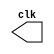
/**
 * AC I - Ciencia da Computacao - PUC MINAS
 * Rayan Darwin - 412770
 * 04/2012
 */

//clock generator
module clock ( clk );
 output clk;
 reg      clk; 
 
 initial 
  begin
   clk = 1'b0; 
  end 
 
 always 
  begin 
   #12 clk = ~clk;
  end 
 
endmodule // clock ( )

module Exemplo0041; 
 
 wire  clk; 
 clock CLK1 ( clk ); 
 
 initial begin 
  $dumpfile ( "clock.vcd" );
  $dumpvars;

  #120 $finish; 
 end 

endmodule